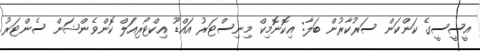
އީސީސީގެ ކަންކަން ސަރުކާރުން ބަލާ: އިކޮނޮމިކް މިނިސްޓަރު އައްޑޫ އިކްޓޯރިއަލް ކޮންވެންޝަން ސެންޓަރު